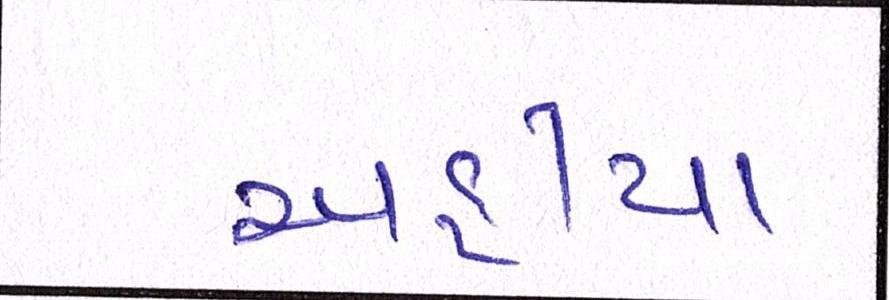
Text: અહીયા